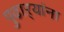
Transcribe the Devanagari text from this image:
पुढाऱ्यांना